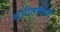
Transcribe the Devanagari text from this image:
संगीतस्पर्धा